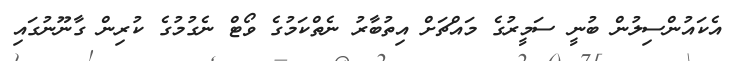
އެކައުންސިލުން ބުނީ ސަމީރުގެ މައްޗަށް އިތުބާރު ނެތްކަމުގެ ވޯޓް ނެގުމުގެ ކުރިން ގާނޫނުގައި